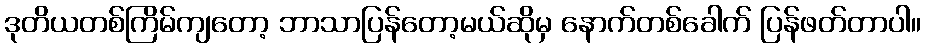
ဒုတိယတစ်ကြိမ်ကျတော့ ဘာသာပြန်တော့မယ်ဆိုမှ နောက်တစ်ခေါက် ပြန်ဖတ်တာပါ။